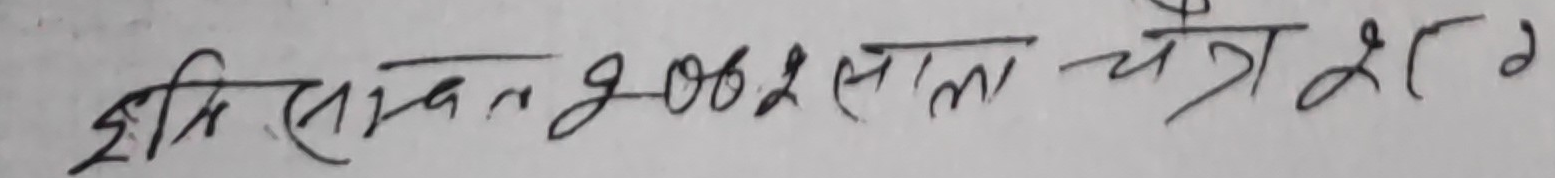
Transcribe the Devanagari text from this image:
हरि सावंत २०४२ साल चैत्र २